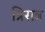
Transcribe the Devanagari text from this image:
त्रिरात्र